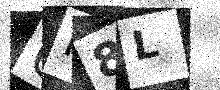
Text: 6F8L